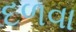
દળવા